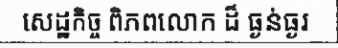
សេដ្ឋកិច្ច ពិភពលោក ដ៏ ធ្ងន់ធ្ងរ